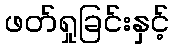
ဖတ်ရှုခြင်းနှင့်